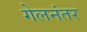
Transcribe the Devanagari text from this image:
गेलनंतर